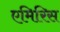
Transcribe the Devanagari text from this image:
एमिरिस